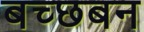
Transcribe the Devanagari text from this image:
बच्छबन